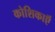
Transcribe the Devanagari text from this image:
कोशिकाऍं